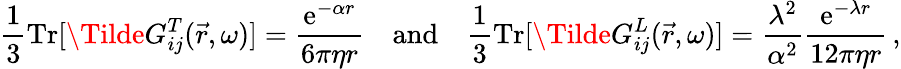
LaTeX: \frac{1}{3}\mathrm{Tr}[\Tilde{G}_{ij}^{T}(\vec{r},\omega)]=\frac{\mathrm{e}^{-\alpha r}}{6\pi\eta r}\quad\mathrm{and}\quad\frac{1}{3}\mathrm{Tr}[\Tilde{G}_{ij}^{L}(\vec{r},\omega)]=\frac{\lambda^{2}}{\alpha^{2}}\frac{\mathrm{e}^{-\lambda r}}{12\pi\eta r}\, ,